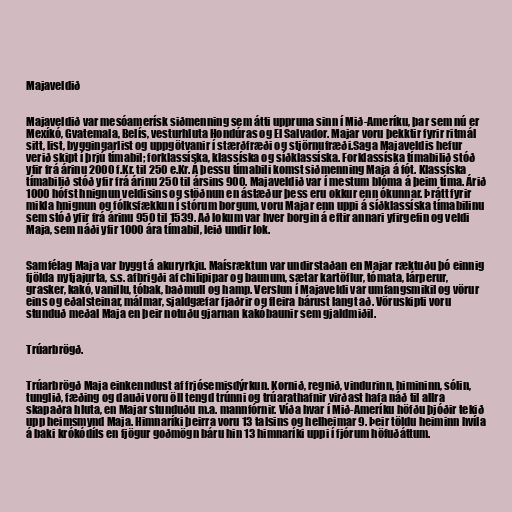
Majaveldið

Majaveldið var mesóamerísk siðmenning sem átti uppruna sinn í Mið-Ameríku, þar sem nú er
Mexíkó, Gvatemala, Belís, vesturhluta Hondúras og El Salvador. Majar voru þekktir fyrir ritmál
sitt, list, byggingarlist og uppgötvanir í stærðfræði og stjörnufræði.Saga Majaveldis hefur
verið skipt í þrjú tímabil; forklassíska, klassíska og síðklassíska. Forklassíska tímabilið stóð
yfir frá árinu 2000 f.Kr. til 250 e.Kr. Á þessu tímabili komst siðmenning Maja á fót. Klassíska
tímabilið stóð yfir frá árinu 250 til ársins 900. Majaveldið var í mestum blóma á þeim tíma. Árið
1000 hófst hnignun veldisins og stöðnun en ástæður þess eru okkur enn ókunnar. Þrátt fyrir
mikla hnignun og fólksfækkun í stórum borgum, voru Majar enn uppi á síðklassíska tímabilinu
sem stóð yfir frá árinu 950 til 1539. Að lokum var hver borgin á eftir annari yfirgefin og veldi
Maja, sem náði yfir 1000 ára tímabil, leið undir lok.

Samfélag Maja var byggt á akuryrkju. Maísræktun var undirstaðan en Majar ræktuðu þó einnig
fjölda nytjajurta, s.s. afbrigði af chilipipar og baunum, sætar kartöflur, tómata, lárperur,
grasker, kakó, vanillu, tóbak, baðmull og hamp. Verslun í Majaveldi var umfangsmikil og vörur
eins og eðalsteinar, málmar, sjaldgæfar fjaðrir og fleira bárust langt að. Vöruskipti voru
stunduð meðal Maja en þeir notuðu gjarnan kakóbaunir sem gjaldmiðil.

Trúarbrögð.

Trúarbrögð Maja einkenndust af frjósemisdýrkun. Kornið, regnið, vindurinn, himininn, sólin,
tunglið, fæðing og dauði voru öll tengd trúnni og trúarathafnir virðast hafa náð til allra
skapaðra hluta, en Majar stunduðu m.a. mannfórnir. Víða hvar í Mið-Ameríku höfðu þjóðir tekið
upp heimsmynd Maja. Himnaríki þeirra voru 13 talsins og helheimar 9. Þeir töldu heiminn hvíla
á baki krókódíls en fjögur goðmögn báru hin 13 himnaríki uppi í fjórum höfuðáttum.